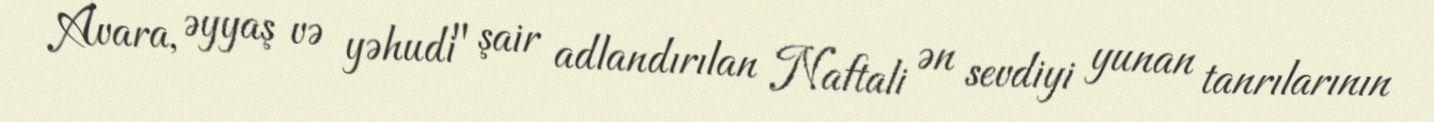
Avara, əyyaş və yəhudi" şair adlandırılan Naftali ən sevdiyi yunan tanrılarının